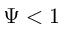
\Psi < 1